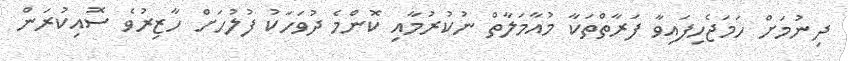
ދިނުމަށް ހަމަޖެހިފައިވާ ފަރާތްތަކާ މުއާމަލާތް ނުކުރުމާއި ކޮންމެ ދުވަހަކު ފުލުހަށް ހާޒިރުވެ ސޮއިކުރަން